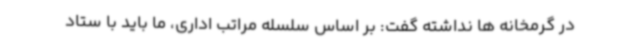
در گرمخانه ها نداشته گفت: بر اساس سلسله مراتب اداری، ما باید با ستاد